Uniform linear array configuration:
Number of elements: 48
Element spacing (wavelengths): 0.25
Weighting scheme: hamming
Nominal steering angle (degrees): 45
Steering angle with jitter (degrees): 46.306
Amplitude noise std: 0.05
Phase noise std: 0.05

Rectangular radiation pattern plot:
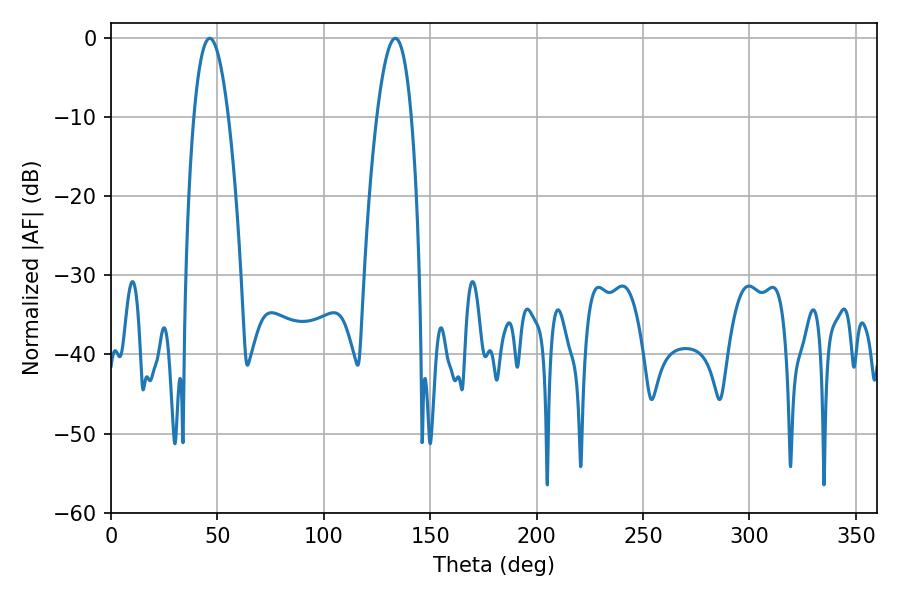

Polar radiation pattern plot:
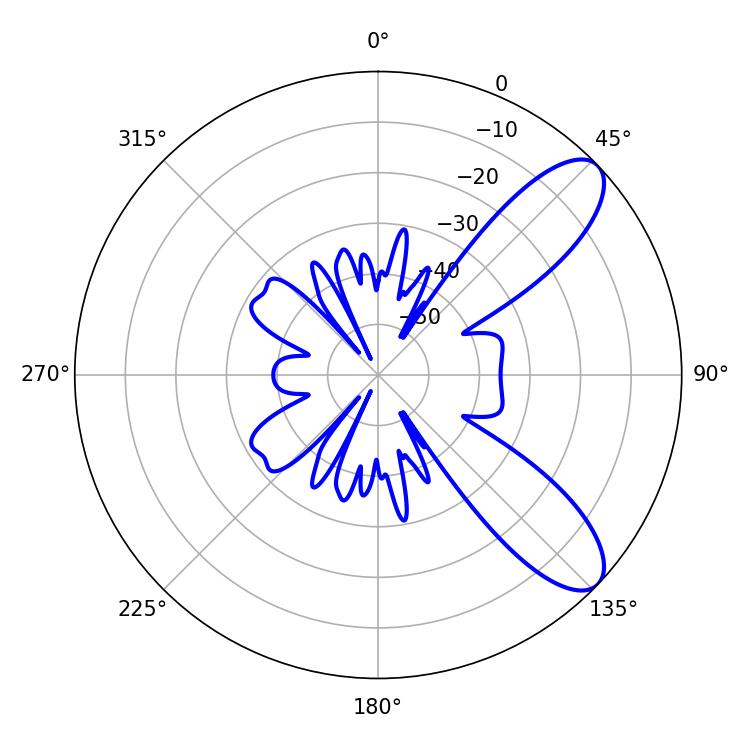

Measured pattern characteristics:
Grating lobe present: FALSE
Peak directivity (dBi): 9.143
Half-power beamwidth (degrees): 9
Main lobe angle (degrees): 133.56